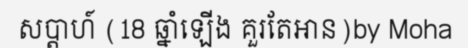
សប្តាហ៍ (18 ឆ្នាំឡើង គួរតែអាន)by Moha